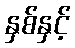
နှစ်နှင့်